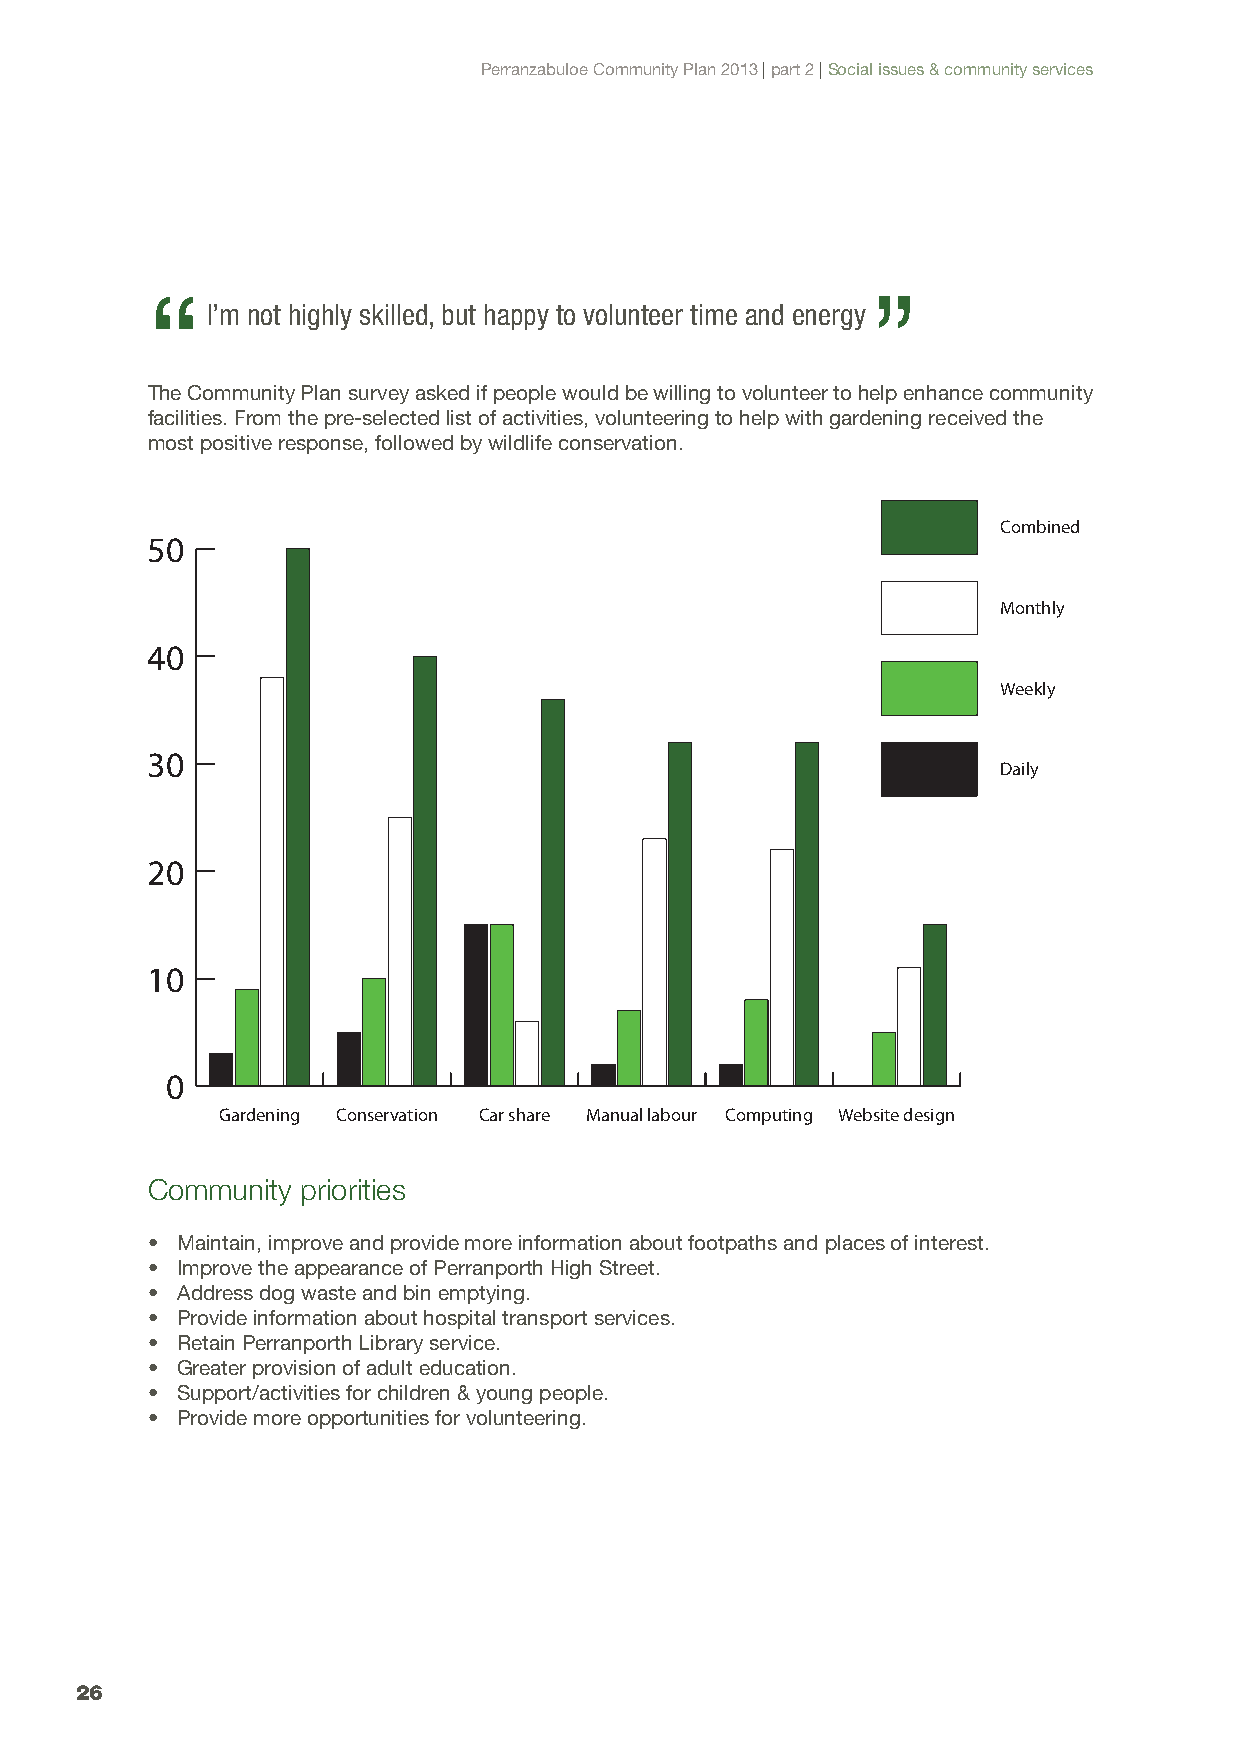
Perranzabuloe Community Plan 2013 | part 2 | Social issues & community services
 “                                              ”
 I’m not highly skilled, but happy to volunteer time and energy
 The Community Plan survey asked if people would be willing to volunteer to help enhance community
 facilities. From the pre-selected list of activities, volunteering to help with gardening received the
 most positive response, followed by wildlife conservation.
 Combined
 50
 Monthly
 40
 Weekly
 30
 Daily
 20
 10
 0
 Gardening Conservation Car share Manual labour Computing Website design
 Community priorities
 • Maintain, improve and provide more information about footpaths and places of interest.
 • Improve the appearance of Perranporth High Street.
 • Address dog waste and bin emptying.
 • Provide information about hospital transport services.
 • Retain Perranporth Library service.
 • Greater provision of adult education.
 • Support/activities for children & young people.
 • Provide more opportunities for volunteering.
 26